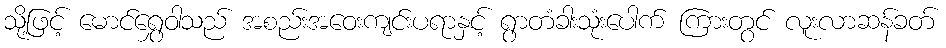
သို့ဖြင့် မောင်ရွှေဝါသည် အစည်းအဝေးကျင်းပရာနှင့် ရွာတံခါးသုံးပေါက် ကြားတွင် လူးလာဆန်ခတ်